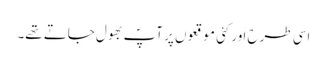
اسی طرح اَور کئی موقعوں پر آپؐ بھول جاتے تھے۔